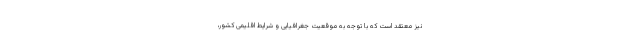
نیز معتقد است که با توجه به موقعیت جغرافیایی و شرایط اقلیمی کشور،